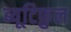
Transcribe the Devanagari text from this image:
ब्यूटिफ़ुल